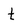
Character: t